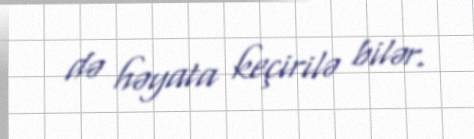
də həyata keçirilə bilər.